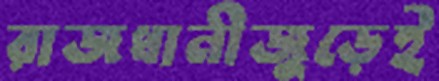
রাজধানীজুড়েই